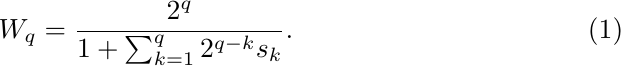
\begin{equation}
  W_q = \frac{2^q}{1 + \sum_{k = 1}^{q} 2^{q-k}s_k}.
\end{equation}